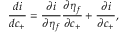
\frac { d i } { d c _ { + } } = \frac { \partial i } { \partial \eta _ { f } } \frac { \partial \eta _ { f } } { \partial c _ { + } } + \frac { \partial i } { \partial c _ { + } } ,